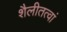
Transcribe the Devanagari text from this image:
शैलीतत्वां